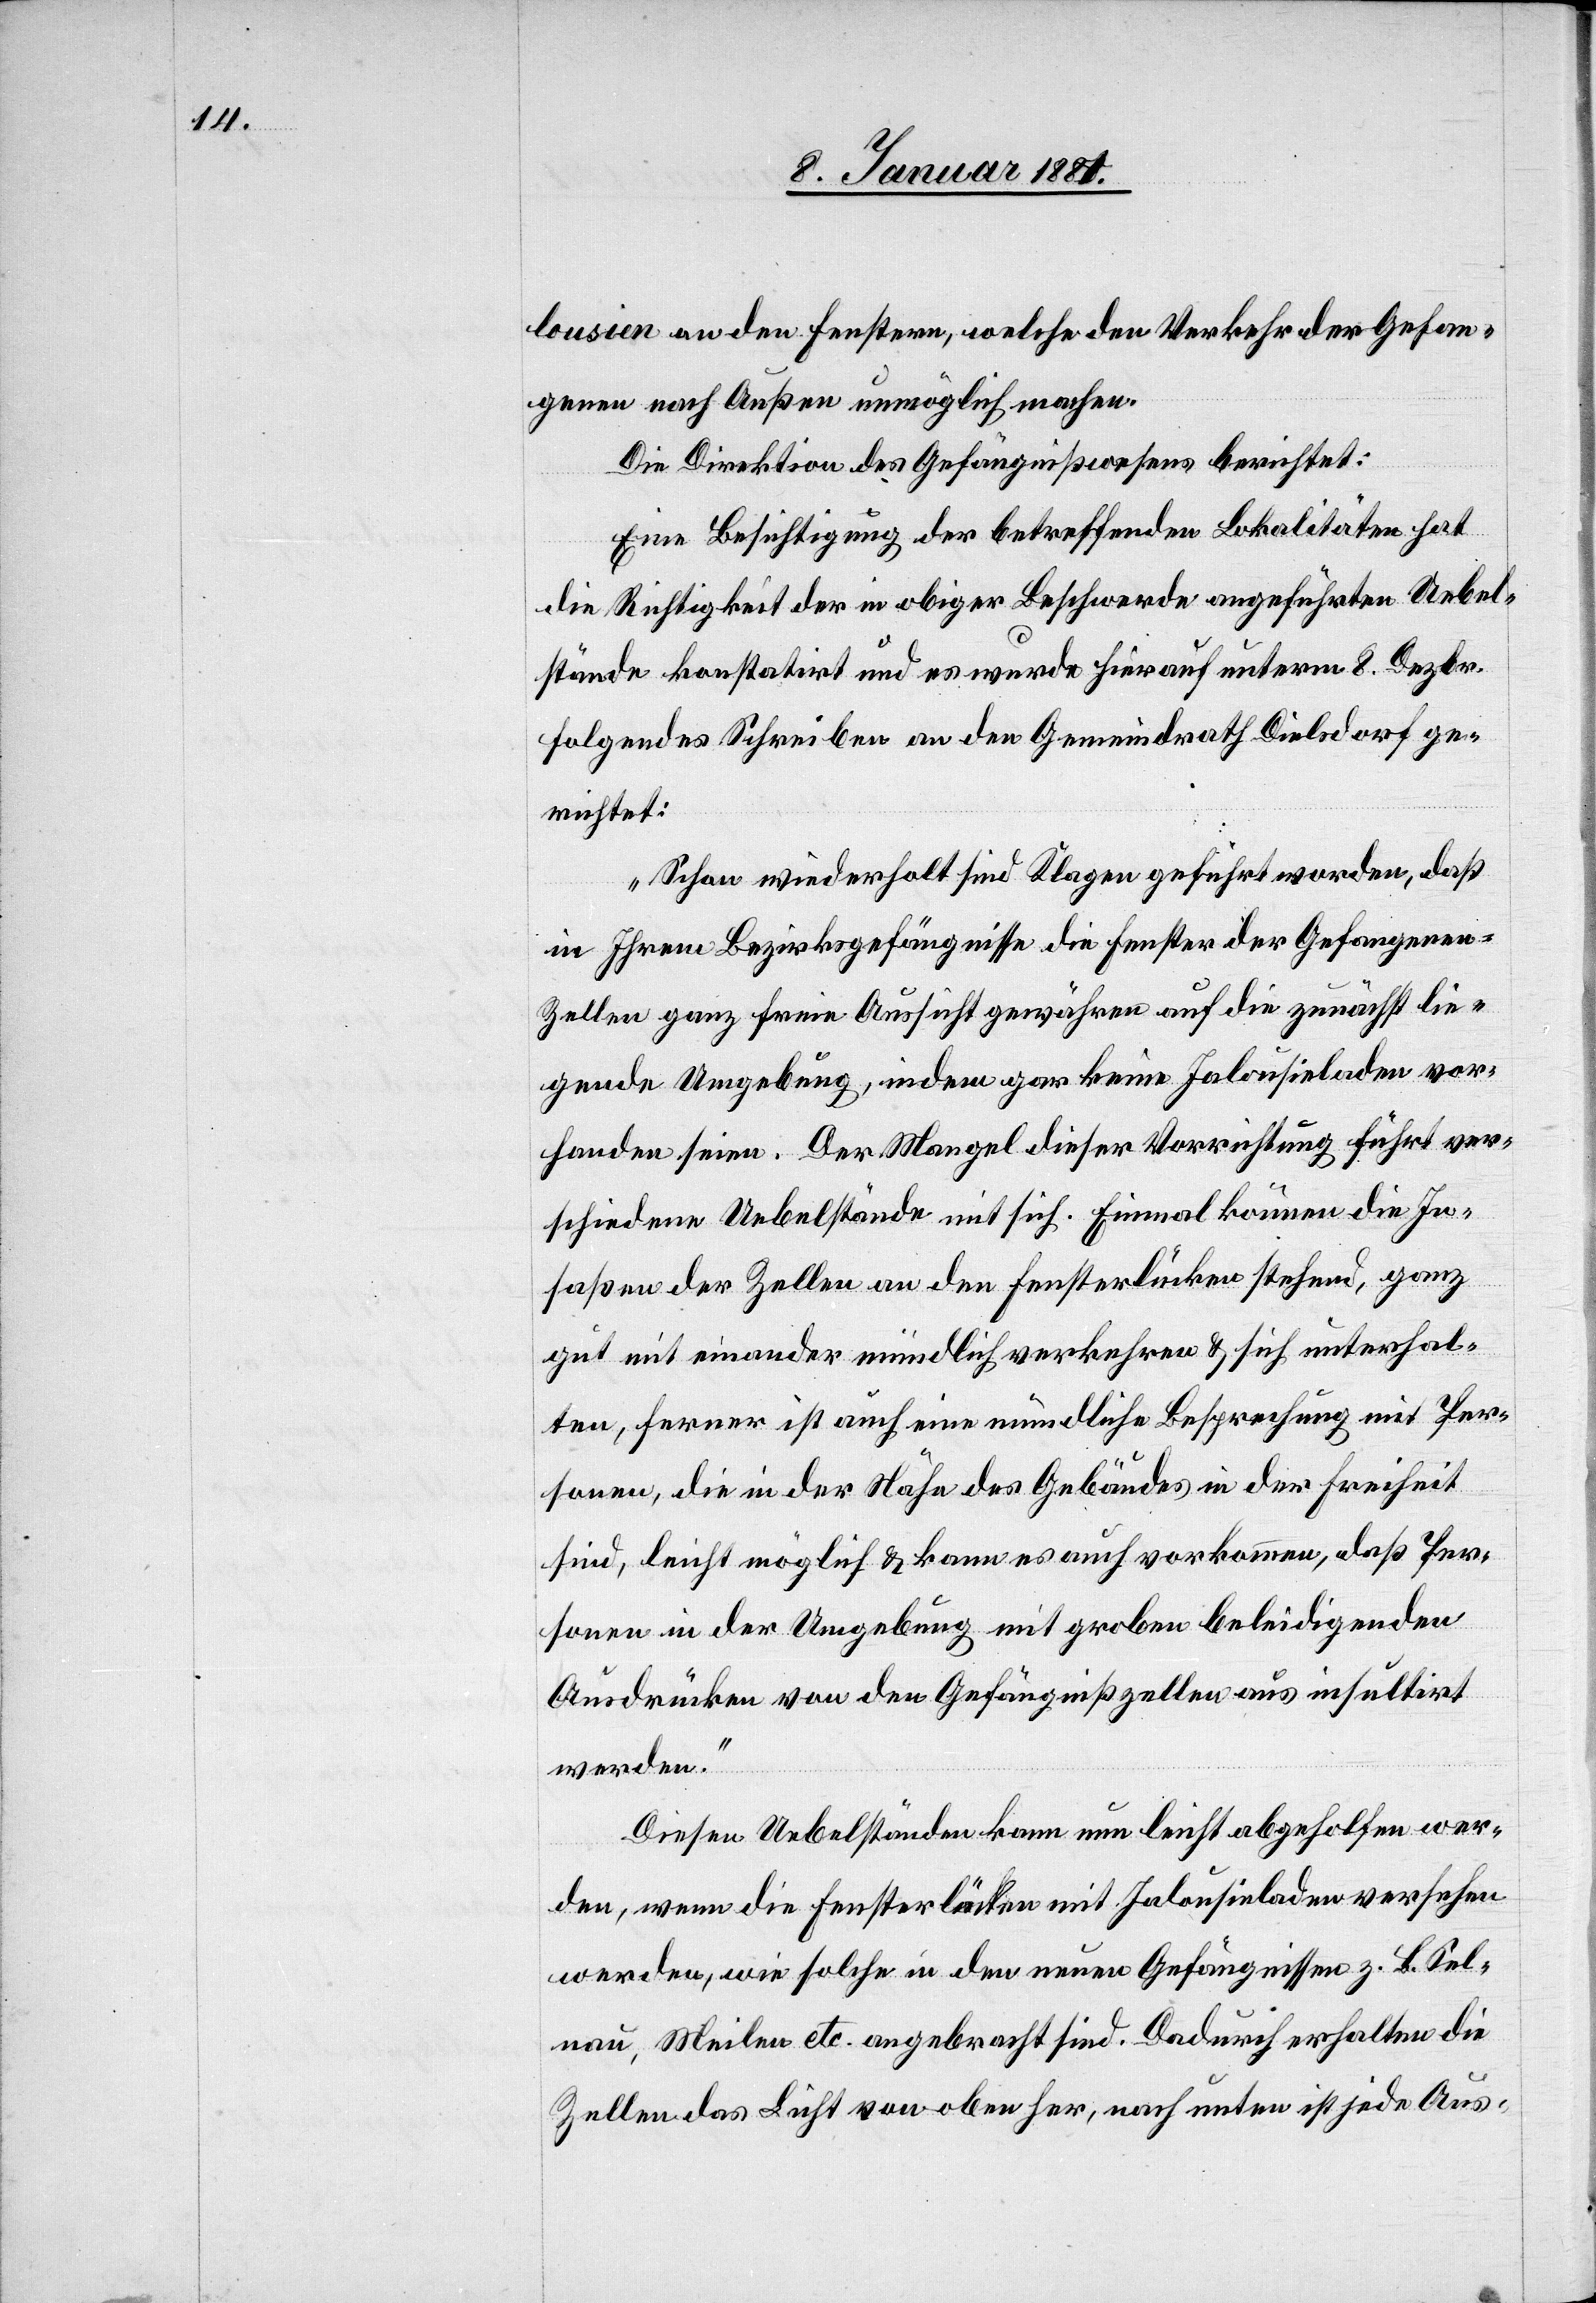
lousien an den Fenstern, welche den Verkehr der Gefan¬
genen nach Außen unmöglich machen.
Die Direktion des Gefängnißwesens berichtet:
Eine Besichtigung der betreffenden Lokalitäten hat
die Richtigkeit der in obiger Beschwerde angeführten Uebel¬
stände konstatirt und es wurde hierauf unterm 8. Dezbr.
folgendes Schreiben an den Gemeindrath Dielsdorf ge¬
richtet:
„Schon wiederholt sind Klagen geführt worden, daß
Ihrem Bezirksgefängnisse die Fenster der Gefangenen-Z¬
ellen ganz freie Aussicht gewähren auf die zunächst lie¬
gende Umgebung, indem gar keine Jalousieladen vor¬
handen seien. Der Mangel dieser Vorrichtung führt ver¬
schiedene Uebelstände mit sich. Einmal können die In¬
saßen der Zellen an den Fensterlücken stehend, ganz
gut mit einander mündlich verkehren & sich unterhal¬
ten, ferner ist auch eine mündliche Besprechung mit Per¬
sonen, die in der Nähe des Gebäudes in der Freiheit
sind, leicht möglich & kann es auch vorkommen, daß Per¬
sonen in der Umgebung mit groben beleidigenden
Ausdrücken von den Gefängnißzellen aus insultirt
werden.
Diesen Uebelständen kann nun leicht abgeholfen wer¬
den, wenn die Fensterläden mit Jalousieladen versehen
werden, wie solche in den neuen Gefängnissen z. B. Sel¬
nau, Meilen etc. angebracht sind. Dadurch erhalten die
Zellen das Licht von oben her, nach unten ist jede Aus-